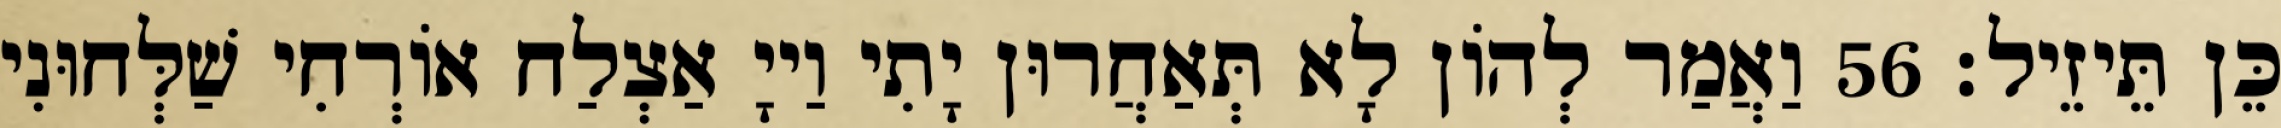
כֵּן תֵּיזֵיל׃ 56 וַאֲמַר לְהוֹן לָא תְּאַחֲרוּן יָתִי וַייָ אַצְלַח אוֹרְחִי שַׁלְּחוּנִי